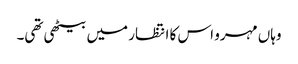
وہاں مہرو اس کا انتظار میں بیٹھی تھی۔